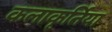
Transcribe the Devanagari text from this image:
कलाकृर्तिया